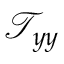
\mathcal { T } _ { y y }